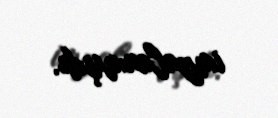
imzalanmışdı.